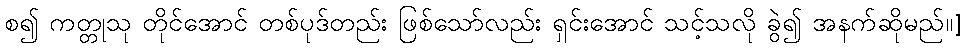
စ၍ ကတ္တုသု တိုင်အောင် တစ်ပုဒ်တည်း ဖြစ်သော်လည်း ရှင်းအောင် သင့်သလို ခွဲ၍ အနက်ဆိုမည်။]